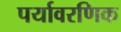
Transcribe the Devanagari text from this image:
पर्यावरणिक